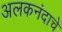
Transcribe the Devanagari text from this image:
अलकनंदाचे